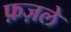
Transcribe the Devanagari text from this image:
फ़ज़ले